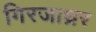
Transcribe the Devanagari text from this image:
गिरजाघ्रर